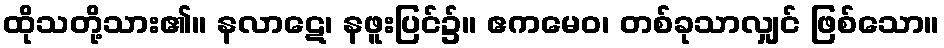
ထိုသတို့သား၏။ နလာဋေ၊ နဖူးပြင်၌။ ဧကမေဝ၊ တစ်ခုသာလျှင် ဖြစ်သော။